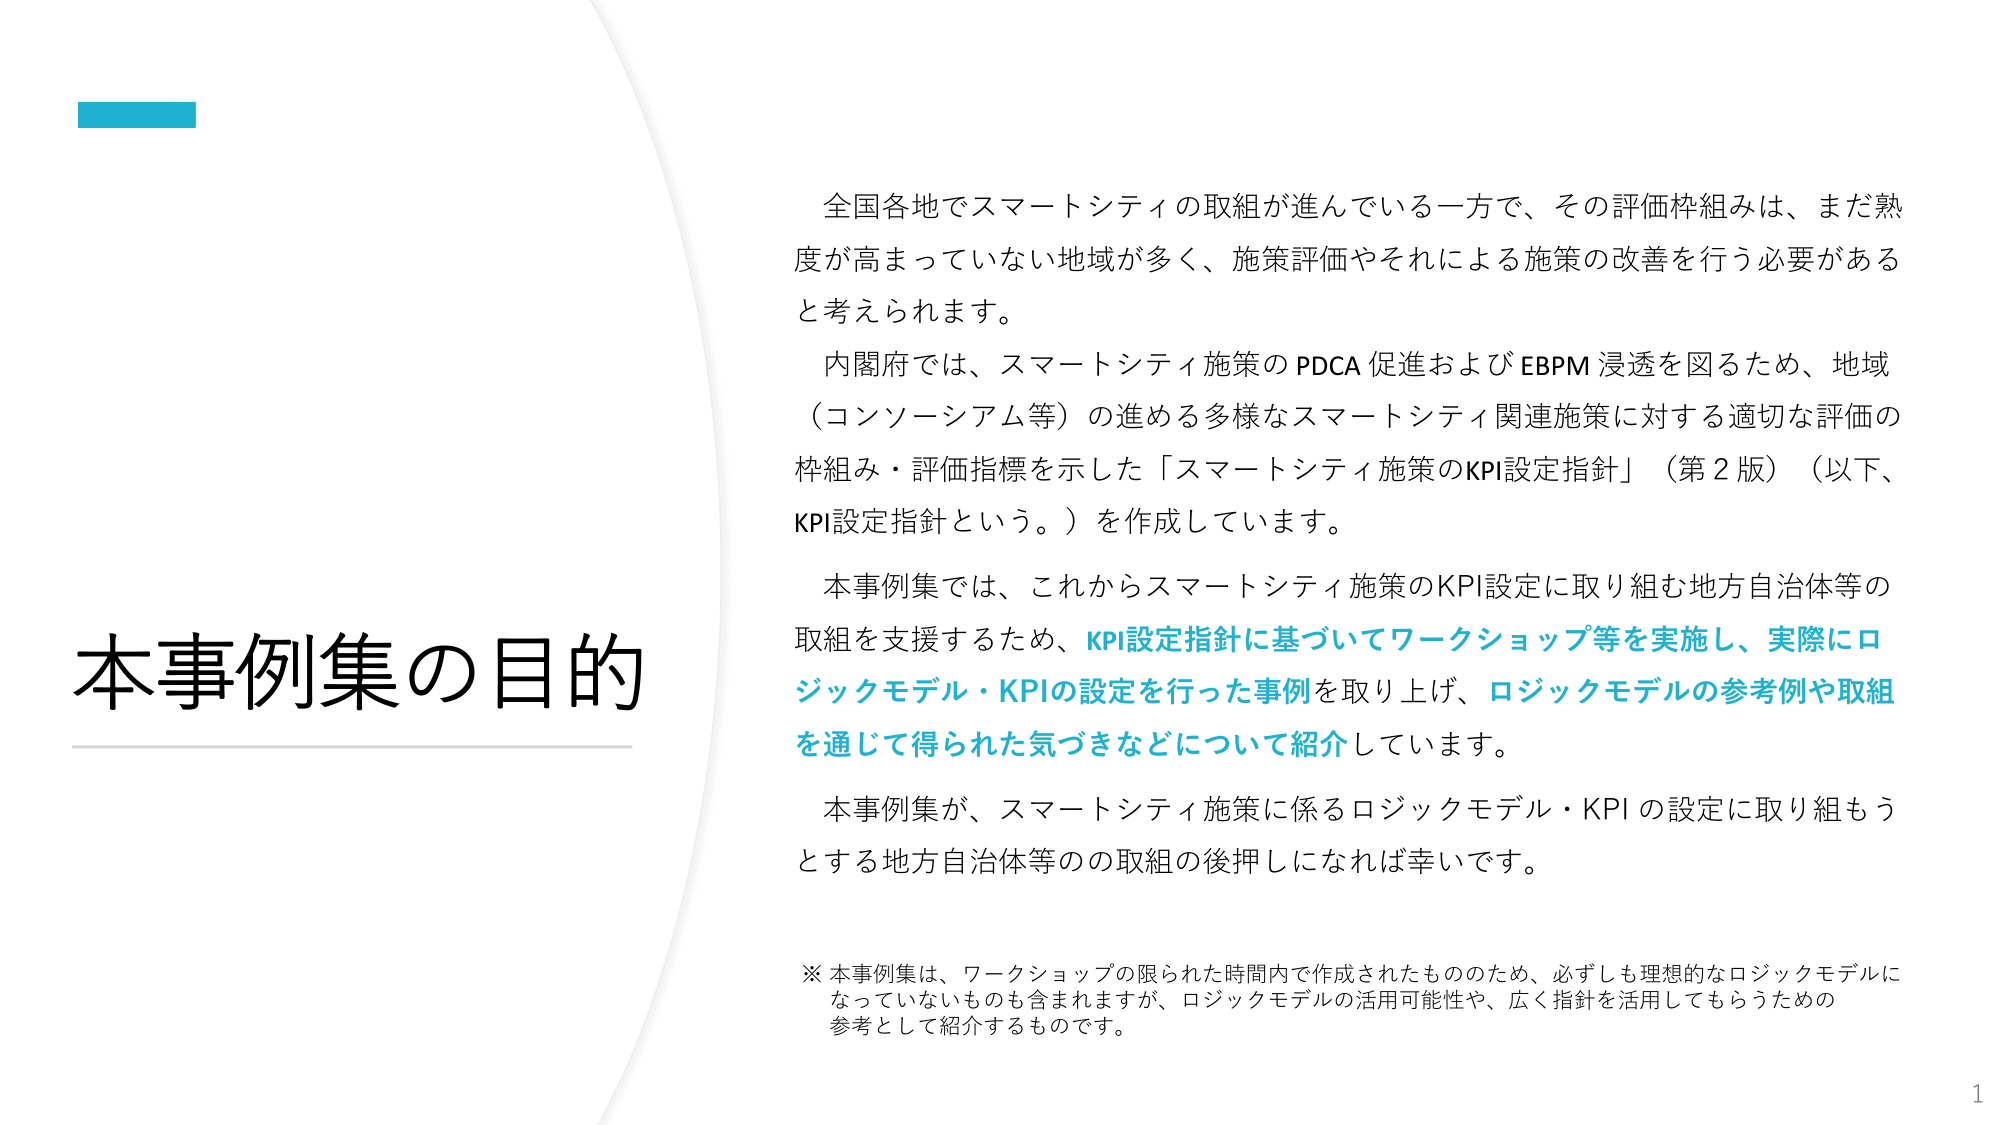
本事例集の目的

全国各地でスマートシティの取組が進んでいる一方で、その評価枠組みは、まだ熟度が高まっていない地域が多く、施策評価やそれによる施策の改善を行う必要があると考えられます。

内閣府では、スマートシティ施策のPDCA促進およびEBPM浸透を図るため、地域（コンソーシアム等）の進める多様なスマートシティ関連施策に対する適切な評価の枠組み・評価指標を示した「スマートシティ施策のKPI設定指針」（第2版）（以下、KPI設定指針という。）を作成しています。

本事例集では、これからスマートシティ施策のKPI設定に取り組む地方自治体等の取組を支援するため、KPI設定指針に基づいてワークショップ等を実施し、実際にロジックモデル・KPIの設定を行った事例を取り上げ、ロジックモデルの参考例や取組を通じて得られた気づきなどについて紹介しています。

本事例集が、スマートシティ施策に係るロジックモデル・KPIの設定に取り組もうとする地方自治体等の取組の後押しになれば幸いです。

※ 本事例集は、ワークショップの限られた時間内で作成されたものそのため、必ずしも理想的なロジックモデルになっていないものも含まれますが、ロジックモデルの活用可能性や、広く指針を活用してもらうための参考として紹介するものです。

1